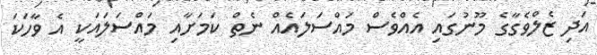
އަދި ޒެލްވެގާގެ މޫނުގައި އެއްވެސް މައްސަލައެއް ނެތް ކަމަށާއި މައްސަލައަކީ އެ ވާހަކަ